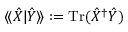
\langle \! \langle \hat { X } | \hat { Y } \rangle \! \rangle : = \operatorname { T r } ( \hat { X } ^ { \dag } \hat { Y } )